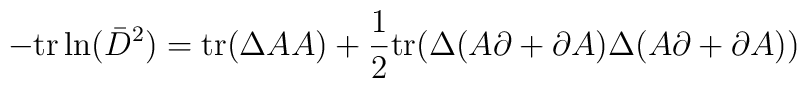
-\mathrm{tr}\ln(\bar{D}^2)=\mathrm{tr}(\Delta AA)+\frac{1}{2}\mathrm{tr}	(\Delta(A\partial+\partial A)\Delta(A\partial+\partial A))